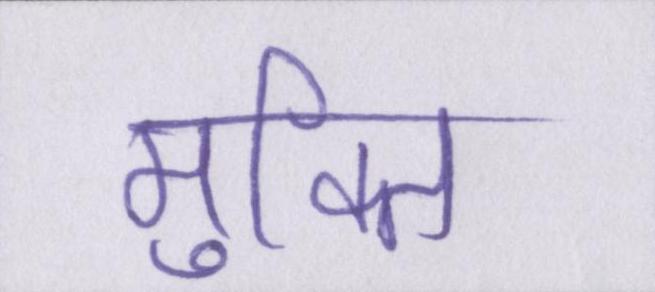
मुक्ति